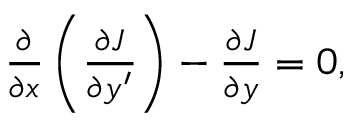
\begin{array} { r } { \frac { \partial } { \partial x } \left( \frac { \partial J } { \partial y ^ { \prime } } \right) - \frac { \partial J } { \partial y } = 0 , } \end{array}